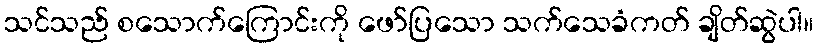
သင်သည် စသောက်ကြောင်းကို ဖော်ပြသော သက်သေခံကတ် ချိတ်ဆွဲပါ။